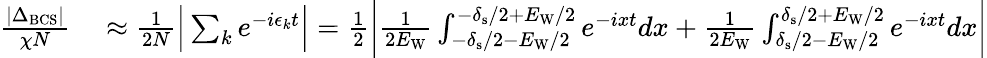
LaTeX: \begin{array}{rl}{\frac{|\Delta_{\mathrm{BCS}}|}{\chi N}}&{{}\approx\frac{1}{2N}\Big|\sum_{k}e^{-i\epsilon_{k}t}\Big|=\frac{1}{2}\bigg|\frac{1}{2E_{\mathrm{W}}}\int_{-\delta_{\mathrm{s}}/2-E_{\mathrm{W}}/2}^{-\delta_{\mathrm{s}}/2+E_{\mathrm{W}}/2}e^{-ixt}dx+\frac{1}{2E_{\mathrm{W}}}\int_{\delta_{\mathrm{s}}/2-E_{\mathrm{W}}/2}^{\delta_{\mathrm{s}}/2+E_{\mathrm{W}}/2}e^{-ixt}dx\bigg|}\end{array}